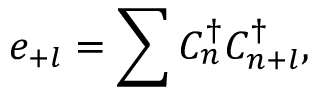
e _ { + l } = \sum C _ { n } ^ { \dagger } C _ { n + l } ^ { \dagger } ,